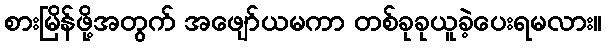
စားမြိန်ဖို့အတွက် အဖျော်ယမကာ တစ်ခုခုယူခဲ့ပေးရမလား။